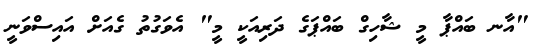
"އާނ ބައްޕާ މީ ޝާހިގް ބައްޕަގެ ދަރިއަކީ މީ" އެވަގުތު ގެއަށް އައިސްވަނީ